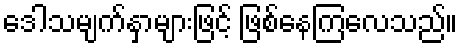
ဒေါသမျက်နှာများဖြင့် ဖြစ်နေကြလေသည်။